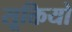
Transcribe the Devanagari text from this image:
सूक्तियो